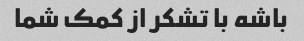
باشه با تشکر از کمک شما